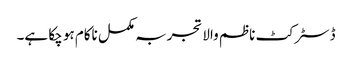
ڈسٹرکٹ ناظم والا تجربہ مکمل ناکام ہو چکا ہے۔